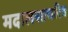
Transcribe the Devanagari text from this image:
मदालसाचरित्र